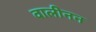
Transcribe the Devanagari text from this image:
वालीनन